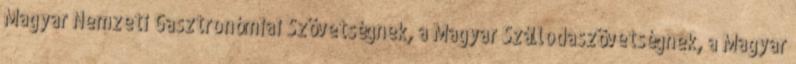
Magyar Nemzeti Gasztronómiai Szövetségnek, a Magyar Szállodaszövetségnek, a Magyar